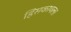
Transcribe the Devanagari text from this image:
हिसकायला